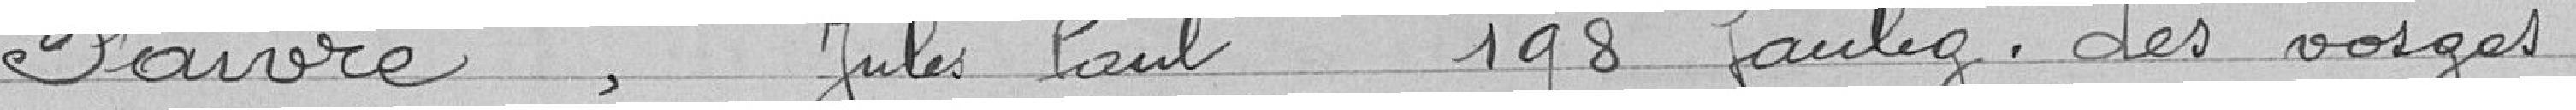
FAIVRE, Jules Paul, 198 Faubourg des Vosges